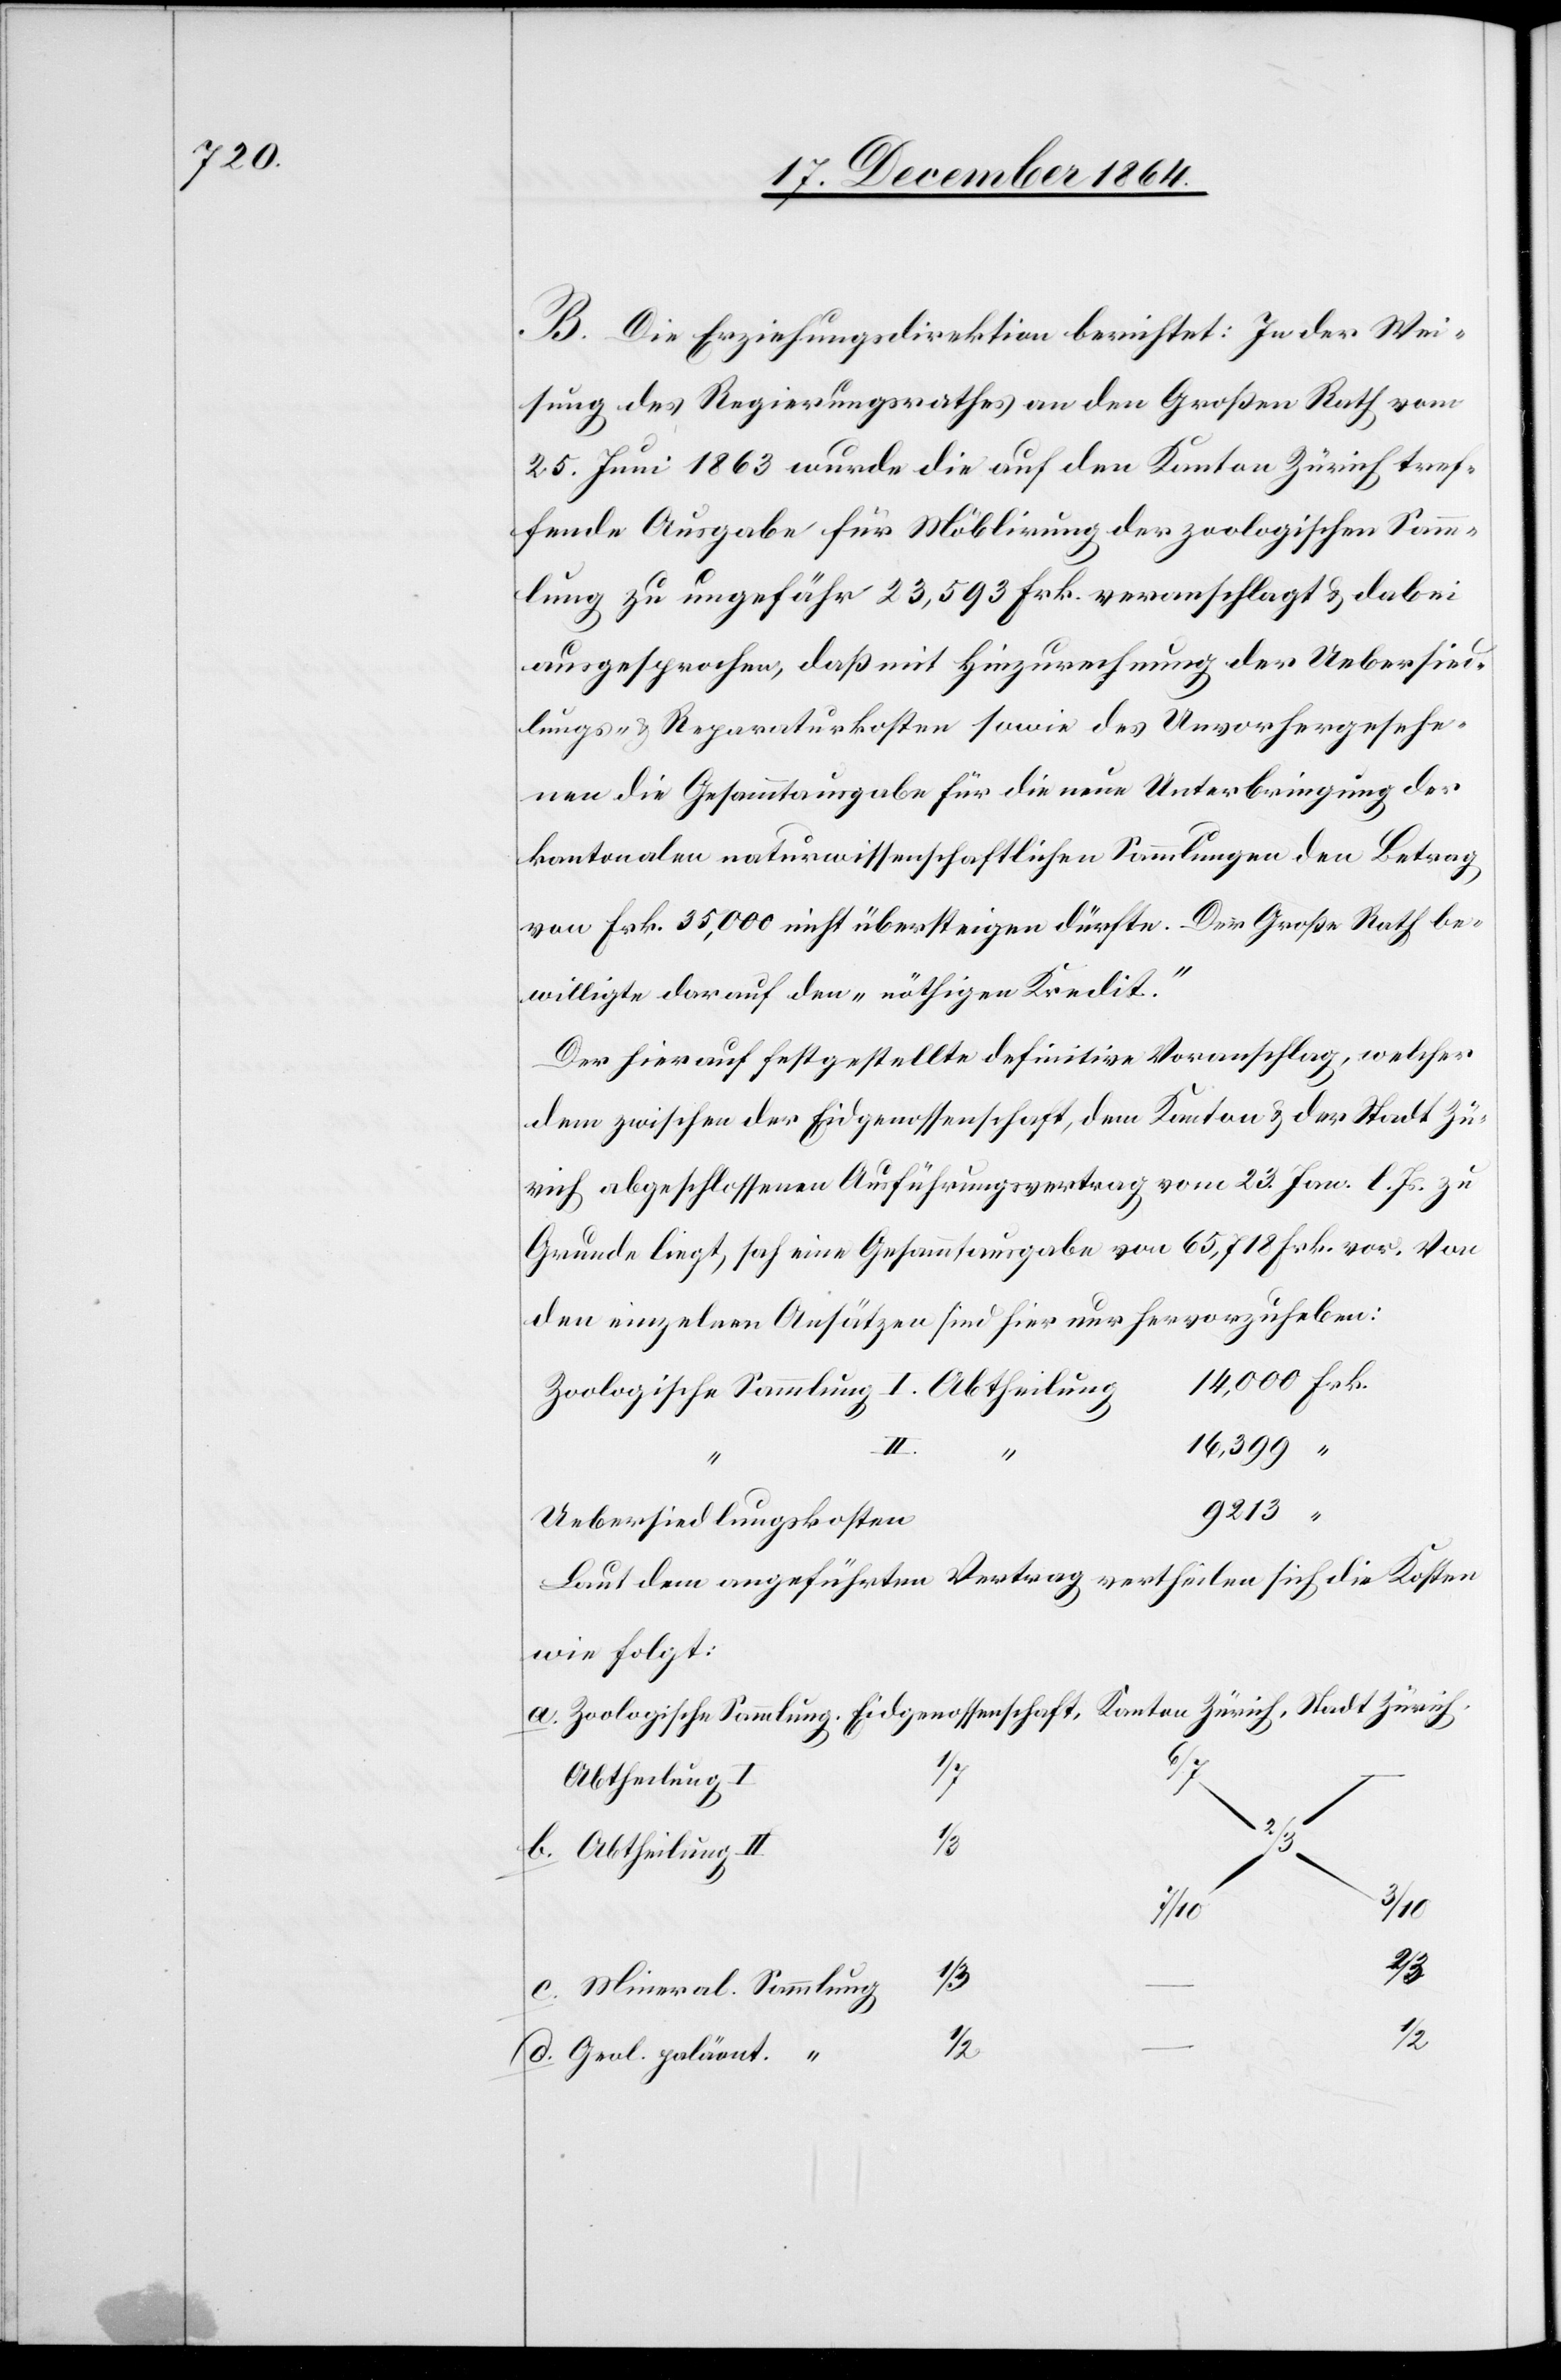
B. Die Erziehungsdirektion berichtet: In der Wei¬
sung des Regierungsrathes an den Großen Rath vom
25. Juni 1863 wurde die auf den Kanton Zürich tref¬
fende Ausgabe für Möblirung der zoologischen Samm¬
lung zu ungefähr 23,593 Frk. veranschlagt & dabei
ausgesprochen, daß mit Hinzurechnung der Uebersied¬
lungs- & Reparaturkosten sowie des Unvorhergesehe¬
nen die Gesammtausgabe für die neue Unterbringung der
kantonalen naturwissenschaftlichen Sammlungen den Betrag
von Frk. 35,000 nicht übersteigen dürfte. Der Große Rath be¬
willigte darauf den „nöthigen Kredit.“
Der hierauf festgestellte definitive Voranschlag, welcher
dem zwischen der Eidgenossenschaft, dem Kanton & der Stadt Zü¬
rich abgeschlossenen Ausführungsvertrag vom 23. Jan. l. Js. zu
Grunde liegt, sah eine Gesammtausgabe von 65,718 Frk. vor. Von
den einzelnen Ansätzen sind hier nur hervorgehoben:
14,000 Frk.
16,399 “
9 213
Uebersiedlungskosten
Laut dem angeführten Vertrag vertheilen sich die Kosten
wie folgt:
b.
d.
Abtheilung II
}
1/2
1/2
c.
Mineral. Sammlung